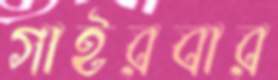
গাইরবার